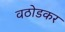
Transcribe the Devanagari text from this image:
वठोडकर